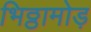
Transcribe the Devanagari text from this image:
भिठ्ठामोड़